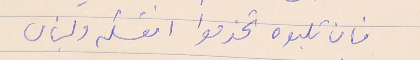
فان تلبوه تخدموا انفسكم ولبنان